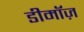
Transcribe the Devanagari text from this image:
डीमॉज़